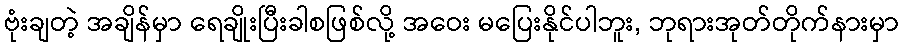
ဗုံးချတဲ့ အချိန်မှာ ရေချိုးပြီးခါစဖြစ်လို့ အဝေး မပြေးနိုင်ပါဘူး, ဘုရားအုတ်တိုက်နားမှာ